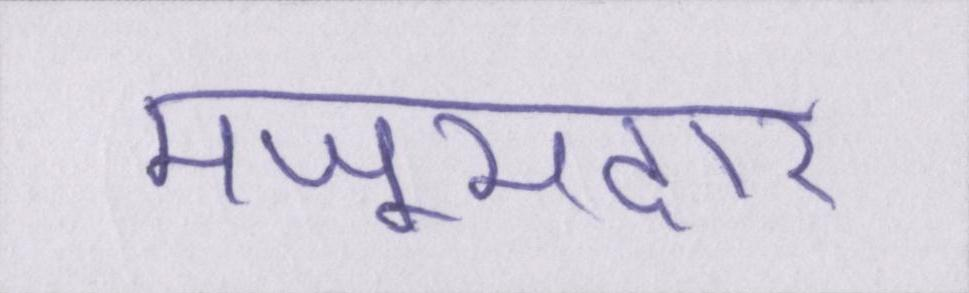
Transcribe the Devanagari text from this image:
मजूमदार